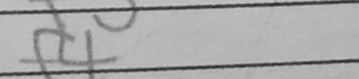
Transcription: f4